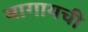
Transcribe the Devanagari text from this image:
मागायची